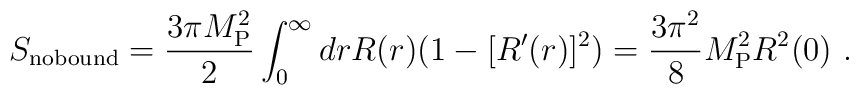
S_{\rm no bound} = {3\pi M_{\rm P}^2\over 2} \int_0^\infty  dr  R(r)  (1-[R'(r)]^2 )= {3\pi^2\over 8} M_{\rm P}^2  R^2 (0) \ .